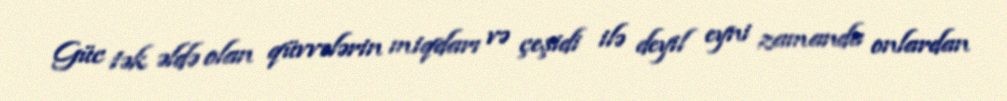
Güc tək əldə olan qüvvələrin miqdarı və çeşidi ilə deyil eyni zamanda onlardan